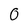
Character: O